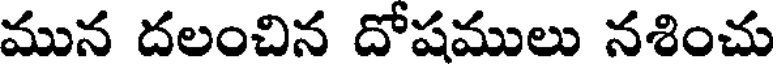
మున దలంచిన దోషములు నశించు